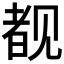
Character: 𬢎